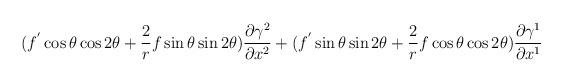
LaTeX: \begin{align*}(f^{'}\cos \theta \cos 2 \theta + \frac{2}{r} f \sin \theta \sin2 \theta) \frac{\partial \gamma^2}{\partial x^2} +(f^{'}\sin\theta \sin 2 \theta + \frac{2}{r} f \cos \theta \cos 2 \theta)\frac{\partial \gamma^1}{\partial x^1}\end{align*}